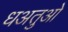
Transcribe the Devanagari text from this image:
धअतुओ